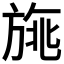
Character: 𣃿